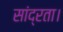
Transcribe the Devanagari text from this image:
सांद्रता।